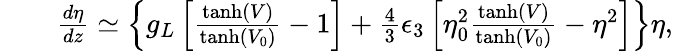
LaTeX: \begin{array}{rlr}&{}&{\frac{d\eta}{dz}\simeq\left\lbrace g_{L}\left[\frac{\operatorname{tanh}(V)}{\operatorname{tanh}\left(V_{0}\right)}-1\right]+\frac{4}{3}\epsilon_{3}\left[\eta_{0}^{2}\frac{\operatorname{tanh}(V)}{\operatorname{tanh}\left(V_{0}\right)}-\eta^{2}\right]\right\rbrace\eta,}\end{array}